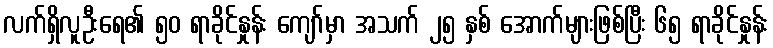
လက်ရှိလူဦးရေ၏ ၅၀ ရာခိုင်နှုန်း ကျော်မှာ အသက် ၂၅ နှစ် အောက်များဖြစ်ပြီး ၆၅ ရာခိုင်နှုန်း